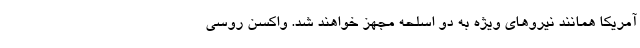
آمریکا همانند نیروهای ویژه به دو اسلحه مجهز خواهند شد. واکسن روسی